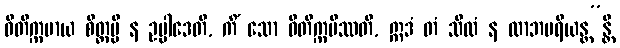
ဝီတိက္ကမာယ စိတ္တမ္ပိ န ဥပ္ပါဒေတိ, ကိံ သော ဝီတိက္ကမိဿတိ, ဣဒံ တံ သီလံ န လာဘပရိယန္တ”န္တိ